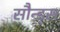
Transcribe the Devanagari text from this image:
सौन्ड्स